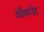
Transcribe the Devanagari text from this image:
मीमरोट